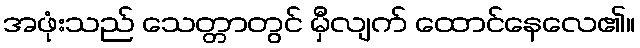
အဖုံးသည် သေတ္တာတွင် မှီလျက် ထောင်နေလေ၏။